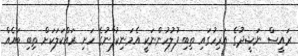
ރައީސް ނަޝީދުގެ އަރިހުގައި ތިބި ފުލުހުންނަކީ އެމަނިކުފާނުގެ ހަށި ރައްކަލަކަށް ތިބި ބައެއް